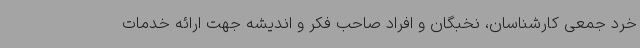
خرد جمعی کارشناسان، نخبگان و افراد صاحب فکر و اندیشه جهت ارائه خدمات